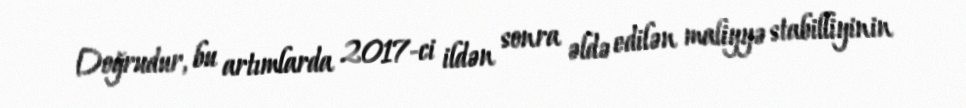
Doğrudur, bu artımlarda 2017-ci ildən sonra əldə edilən maliyyə stabilliyinin